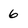
Character: 6